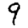
Digit: 9